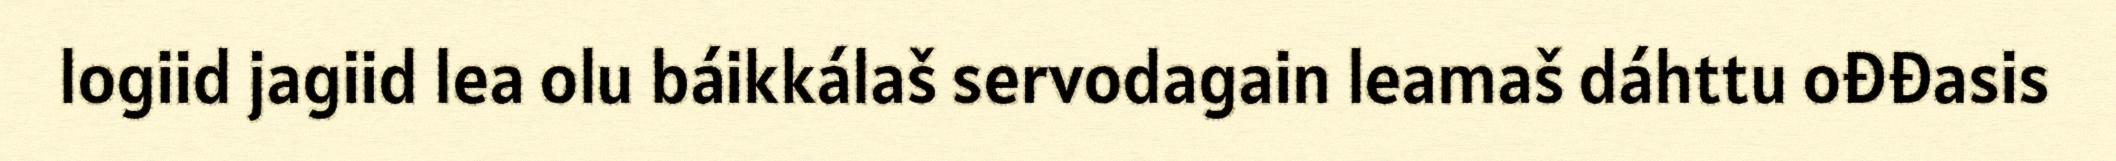
logiid jagiid lea olu báikkálaš servodagain leamaš dáhttu ođđasis